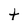
Character: t